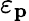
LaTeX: \varepsilon_{\mathbf{p}}